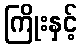
ကြိုးနှင့်